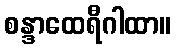
စန္ဒာထေရီဂါထာ။